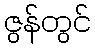
ဇွန်တွင်